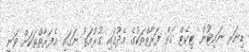
ޑިނަރ ނައިޓުން ޓިކެޓް ގަތް ފަރާތްތަކުގެ މެދުގައި ގުރުއަތު ނަގައި އެފަރާތްތަކަށް ވަނީ